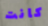
كانت